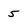
Character: 5